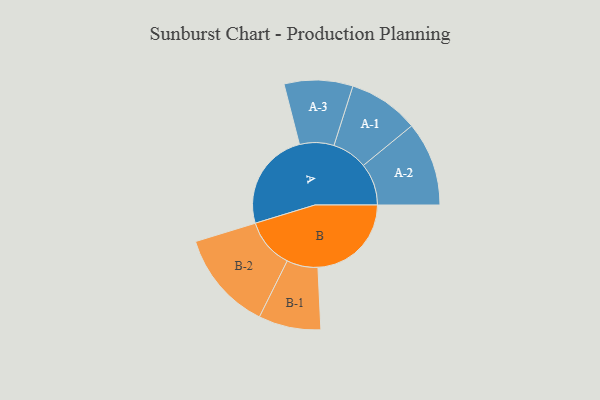
{"axis": {"x": "Segment", "y": "Value"}, "legend": ["", "A", "B"], "data": [{"x": "A", "y": 471, "type": ""}, {"x": "B", "y": 444, "type": ""}, {"x": "A-1", "y": 168, "type": "A"}, {"x": "A-2", "y": 200, "type": "A"}, {"x": "A-3", "y": 163, "type": "A"}, {"x": "B-1", "y": 148, "type": "B"}, {"x": "B-2", "y": 237, "type": "B"}]}